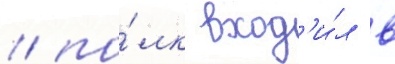
/ по́лк вход'и́л в